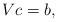
LaTeX: \begin{align*} Vc=b, \end{align*}